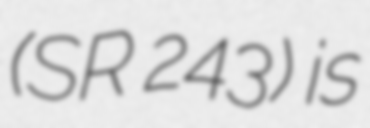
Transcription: (SR 243) is